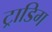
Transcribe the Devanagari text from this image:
ट्राडिग